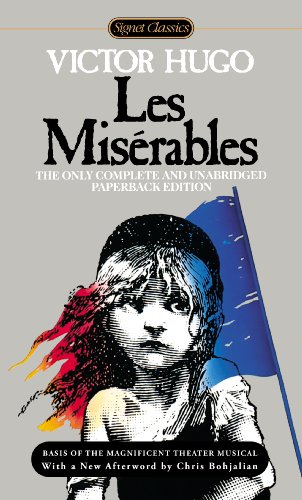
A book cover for Les Miserables (Signet Classics); Victor Hugo; Literature & Fiction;